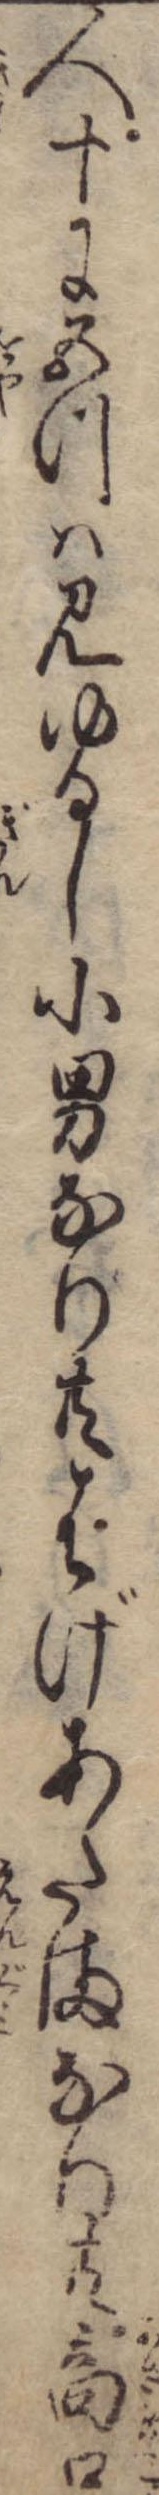
人十に五つは見ゆるし小男なり共はげあたまなり共商口